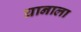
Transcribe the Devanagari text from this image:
घानाला